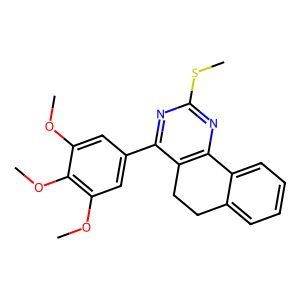
SMILES: COc1cc(-c2nc(SC)nc3c2CCc2ccccc2-3)cc(OC)c1OC
Inhibits HIV replication: No